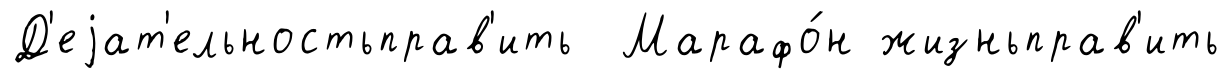
Д'еjат'ельностьправ'ить Марафо́н жизньправ'ить